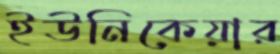
ইউনিকেয়ার